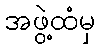
အဖွဲ့ထံမှ